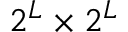
2 ^ { L } \times 2 ^ { L }